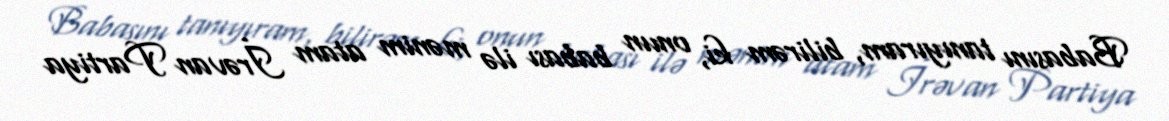
Babasını tanıyıram, bilirəm ki, onun babası ilə mənim atam İrəvan Partiya